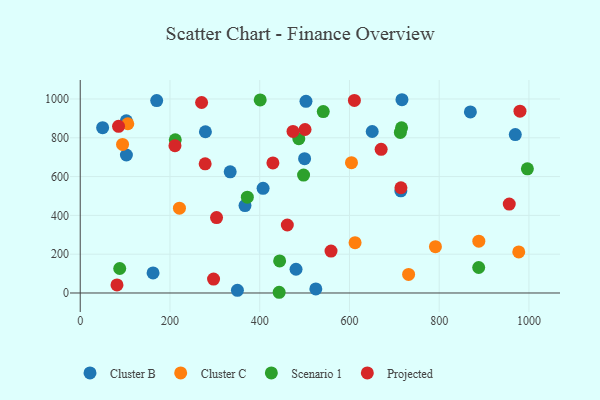
{"axis": {"x": "Price", "y": "Salary"}, "legend": ["Cluster B", "Cluster C", "Projected", "Scenario 1"], "data": [{"x": "503.1", "y": 987.8, "type": "Cluster B"}, {"x": "869.5", "y": 933.4, "type": "Cluster B"}, {"x": "49.9", "y": 851.9, "type": "Cluster B"}, {"x": "717.0", "y": 996.2, "type": "Cluster B"}, {"x": "279.0", "y": 831.1, "type": "Cluster B"}, {"x": "714.5", "y": 526.7, "type": "Cluster B"}, {"x": "650.7", "y": 832.3, "type": "Cluster B"}, {"x": "500.0", "y": 692.2, "type": "Cluster B"}, {"x": "525.0", "y": 20.8, "type": "Cluster B"}, {"x": "102.9", "y": 711.2, "type": "Cluster B"}, {"x": "170.4", "y": 991.8, "type": "Cluster B"}, {"x": "350.3", "y": 14.0, "type": "Cluster B"}, {"x": "334.2", "y": 624.4, "type": "Cluster B"}, {"x": "102.7", "y": 887.8, "type": "Cluster B"}, {"x": "480.9", "y": 122.3, "type": "Cluster B"}, {"x": "162.3", "y": 103.2, "type": "Cluster B"}, {"x": "407.5", "y": 539.5, "type": "Cluster B"}, {"x": "969.6", "y": 816.5, "type": "Cluster B"}, {"x": "367.2", "y": 450.5, "type": "Cluster B"}, {"x": "612.5", "y": 259.4, "type": "Cluster C"}, {"x": "106.0", "y": 872.4, "type": "Cluster C"}, {"x": "791.6", "y": 239.0, "type": "Cluster C"}, {"x": "888.3", "y": 267.3, "type": "Cluster C"}, {"x": "731.8", "y": 95.5, "type": "Cluster C"}, {"x": "604.5", "y": 671.5, "type": "Cluster C"}, {"x": "94.3", "y": 765.8, "type": "Cluster C"}, {"x": "221.1", "y": 437.3, "type": "Cluster C"}, {"x": "977.3", "y": 211.9, "type": "Cluster C"}, {"x": "487.1", "y": 795.2, "type": "Scenario 1"}, {"x": "497.7", "y": 607.8, "type": "Scenario 1"}, {"x": "372.4", "y": 493.8, "type": "Scenario 1"}, {"x": "996.5", "y": 640.0, "type": "Scenario 1"}, {"x": "211.8", "y": 789.8, "type": "Scenario 1"}, {"x": "401.1", "y": 995.1, "type": "Scenario 1"}, {"x": "713.4", "y": 827.4, "type": "Scenario 1"}, {"x": "88.0", "y": 126.3, "type": "Scenario 1"}, {"x": "716.1", "y": 851.2, "type": "Scenario 1"}, {"x": "888.0", "y": 131.5, "type": "Scenario 1"}, {"x": "444.4", "y": 165.4, "type": "Scenario 1"}, {"x": "443.3", "y": 3.7, "type": "Scenario 1"}, {"x": "541.6", "y": 934.9, "type": "Scenario 1"}, {"x": "429.4", "y": 670.6, "type": "Projected"}, {"x": "501.0", "y": 842.8, "type": "Projected"}, {"x": "461.5", "y": 350.4, "type": "Projected"}, {"x": "956.1", "y": 458.1, "type": "Projected"}, {"x": "81.9", "y": 41.5, "type": "Projected"}, {"x": "670.6", "y": 740.4, "type": "Projected"}, {"x": "270.5", "y": 981.9, "type": "Projected"}, {"x": "278.4", "y": 665.9, "type": "Projected"}, {"x": "980.0", "y": 937.1, "type": "Projected"}, {"x": "611.0", "y": 992.5, "type": "Projected"}, {"x": "714.7", "y": 542.4, "type": "Projected"}, {"x": "474.2", "y": 832.8, "type": "Projected"}, {"x": "558.9", "y": 216.3, "type": "Projected"}, {"x": "211.1", "y": 759.6, "type": "Projected"}, {"x": "303.8", "y": 388.8, "type": "Projected"}, {"x": "297.1", "y": 71.9, "type": "Projected"}, {"x": "85.4", "y": 859.1, "type": "Projected"}]}